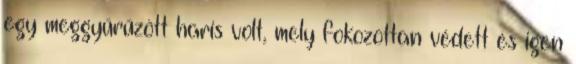
egy meggyűrűzött haris volt, mely fokozottan védett és igen